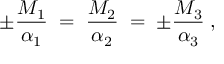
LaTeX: \pm \frac { M _ { 1 } } { \alpha _ { 1 } } \; = \; \frac { M _ { 2 } } { \alpha _ { 2 } } \; = \; \pm \frac { M _ { 3 } } { \alpha _ { 3 } } \; ,